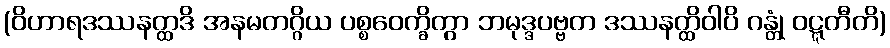
(ဝိဟာရဒဿနတ္ထဒိ အနမတဂ္ဂိယ ပစ္စဝေက္ခိတွာ ဘမုဒ္ဒပဗ္ဗတ ဒဿနတ္ထိဝါပိ ဂန္တုံ ဝဋ္ဋတီတိ)